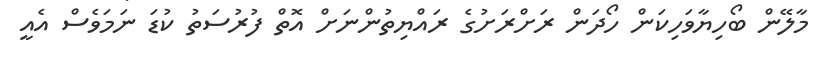
މާލޭން ބޯހިޔާވަހިކަން ހޯދަން ރަށްރަށުގެ ރައްޔިތުންނަށް އޮތް ފުރުސަތު ކުޑަ ނަމަވެސް އެއީ